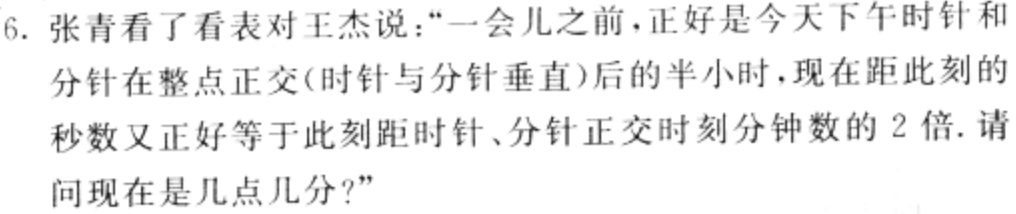
6. 张青看了看表对王杰说：“一会儿之前，正好是今天下午时针和
分针在整点正交(时针与分针垂直)后的半小时，现在距此刻的
秒数又正好等于此刻距时针、分针正交时刻分钟数的 2 倍. 请
问现在是几点几分?”